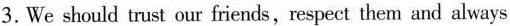
3.We should trust our friends,respect them and always